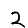
Digit: 2